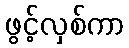
ဖွင့်လှစ်ကာ